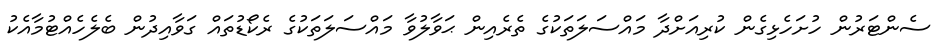
ސެންޓަރުން ހުށަހެޅިގެން ކުރިއަށްދާ މައްސަލަތަކުގެ ތެރެއިން ޙަވާލުވާ މައްސަލަތަކުގެ ރެކޯޑުތައް ގަވާއިދުން ބެލެހެއްޓުމާއެކު